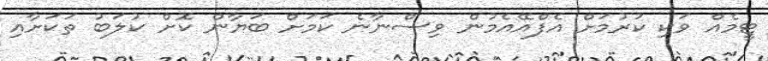
ޓީމެއް ވަކި ކުރުމަށް އެފްއޭއެމުން ވިސްނާނެ ކަމަށް ބަޔާން ކޮށް ކުލަބު ތަކަށާއި